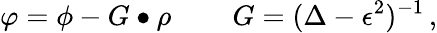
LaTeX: \varphi=\phi-G\bullet\rho\, \qquad G=(\Delta-\epsilon^{2})^{-1}\, ,